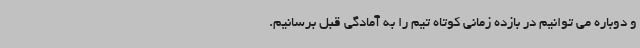
و دوباره می توانیم در بازده زمانی کوتاه تیم را به آمادگی قبل برسانیم.